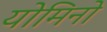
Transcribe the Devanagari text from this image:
योमिनो